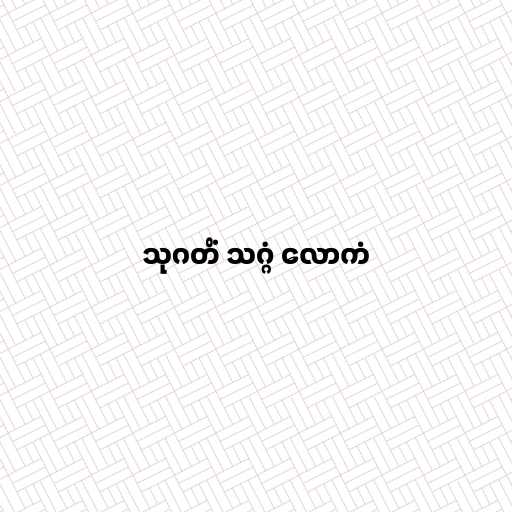
သုဂတိံ သဂ္ဂံ လောကံ